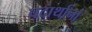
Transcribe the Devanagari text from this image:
पदार्थानां